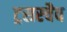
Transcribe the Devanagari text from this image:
ट्रसस्चैव